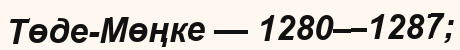
Төде-Мөңке — 1280—1287;